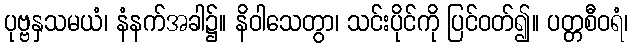
ပုဗ္ဗနှသမယံ၊ နံနက်အခါ၌။ နိဝါသေတွာ၊ သင်းပိုင်ကို ပြင်ဝတ်၍။ ပတ္တစီဝရံ၊